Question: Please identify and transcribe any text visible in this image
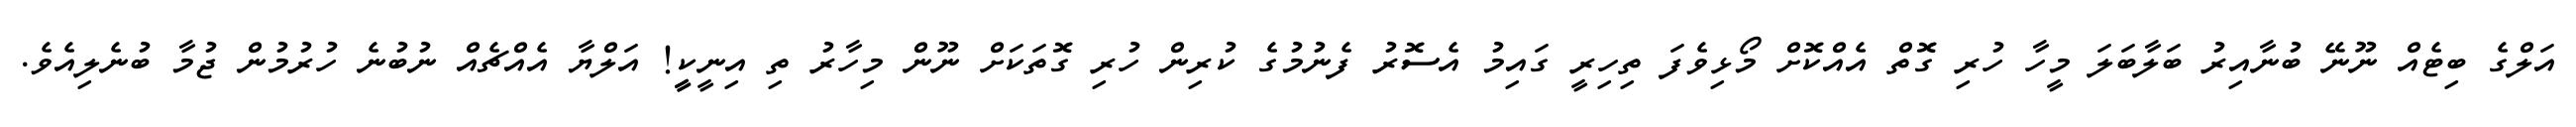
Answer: އަލްގެ ބިޓެއް ނޫނޭ ބުނާއިރު ބަލާބަލަ މީހާ ހުރި ގޮތް އެއްކޮށް މޯޅިވެފަ ތިހިރީ ގައިމު އެސޮރު ފެނުމުގެ ކުރިން ހުރި ގޮތަކަށް ނޫން މިހާރު ތި އިނީކީީ! އަލްޔާ އެއްޗެއް ނުބުނެ ހުރުމުން ޖުމާ ބުނެލިއެވެ.